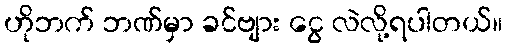
ဟိုဘက် ဘဏ်မှာ ခင်ဗျား ငွေ လဲလို့ရပါတယ်။